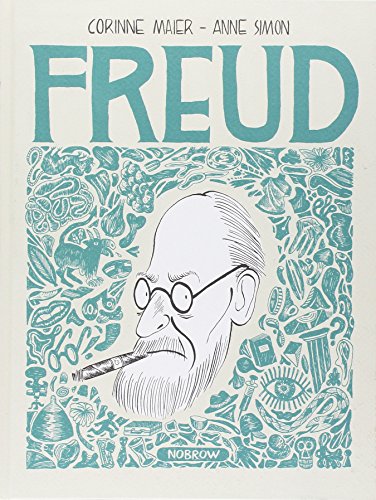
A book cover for Freud; Corinne Maier; Medical Books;